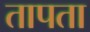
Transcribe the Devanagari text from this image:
तापता